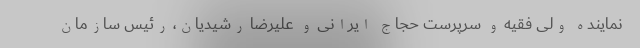
نماینده ولی فقیه و سرپرست حجاج ایرانی و علیرضا رشیدیان، رئیس سازمان